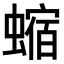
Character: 𧐴